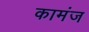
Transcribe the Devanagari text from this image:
कामंज